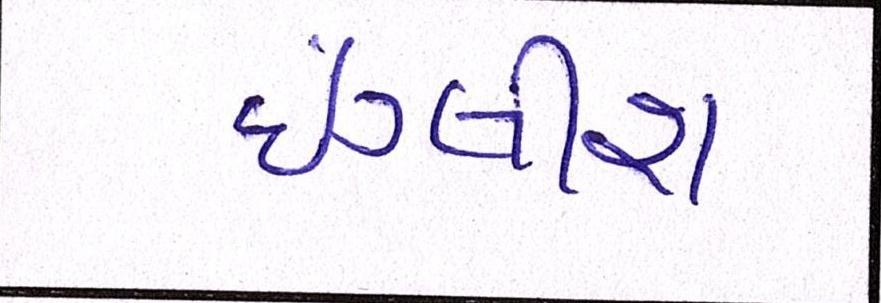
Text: ઇંગ્લીશ